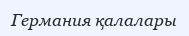
Германия қалалары